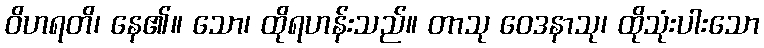
ဝိဟရတိ၊ နေ၏။ သော၊ ထိုရဟန်းသည်။ တာသု ဝေဒနာသု၊ ထိုသုံးပါးသော